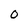
Character: 0